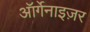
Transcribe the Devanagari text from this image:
ऑर्गेनाइज़र